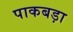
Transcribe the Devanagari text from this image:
पाकबड़ा